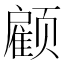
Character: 𮸹